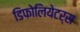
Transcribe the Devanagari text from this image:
डिफोलियेटर्स